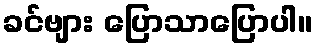
ခင်ဗျား ပြောသာပြောပါ။